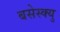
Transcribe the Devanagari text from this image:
बसेस्क्यु